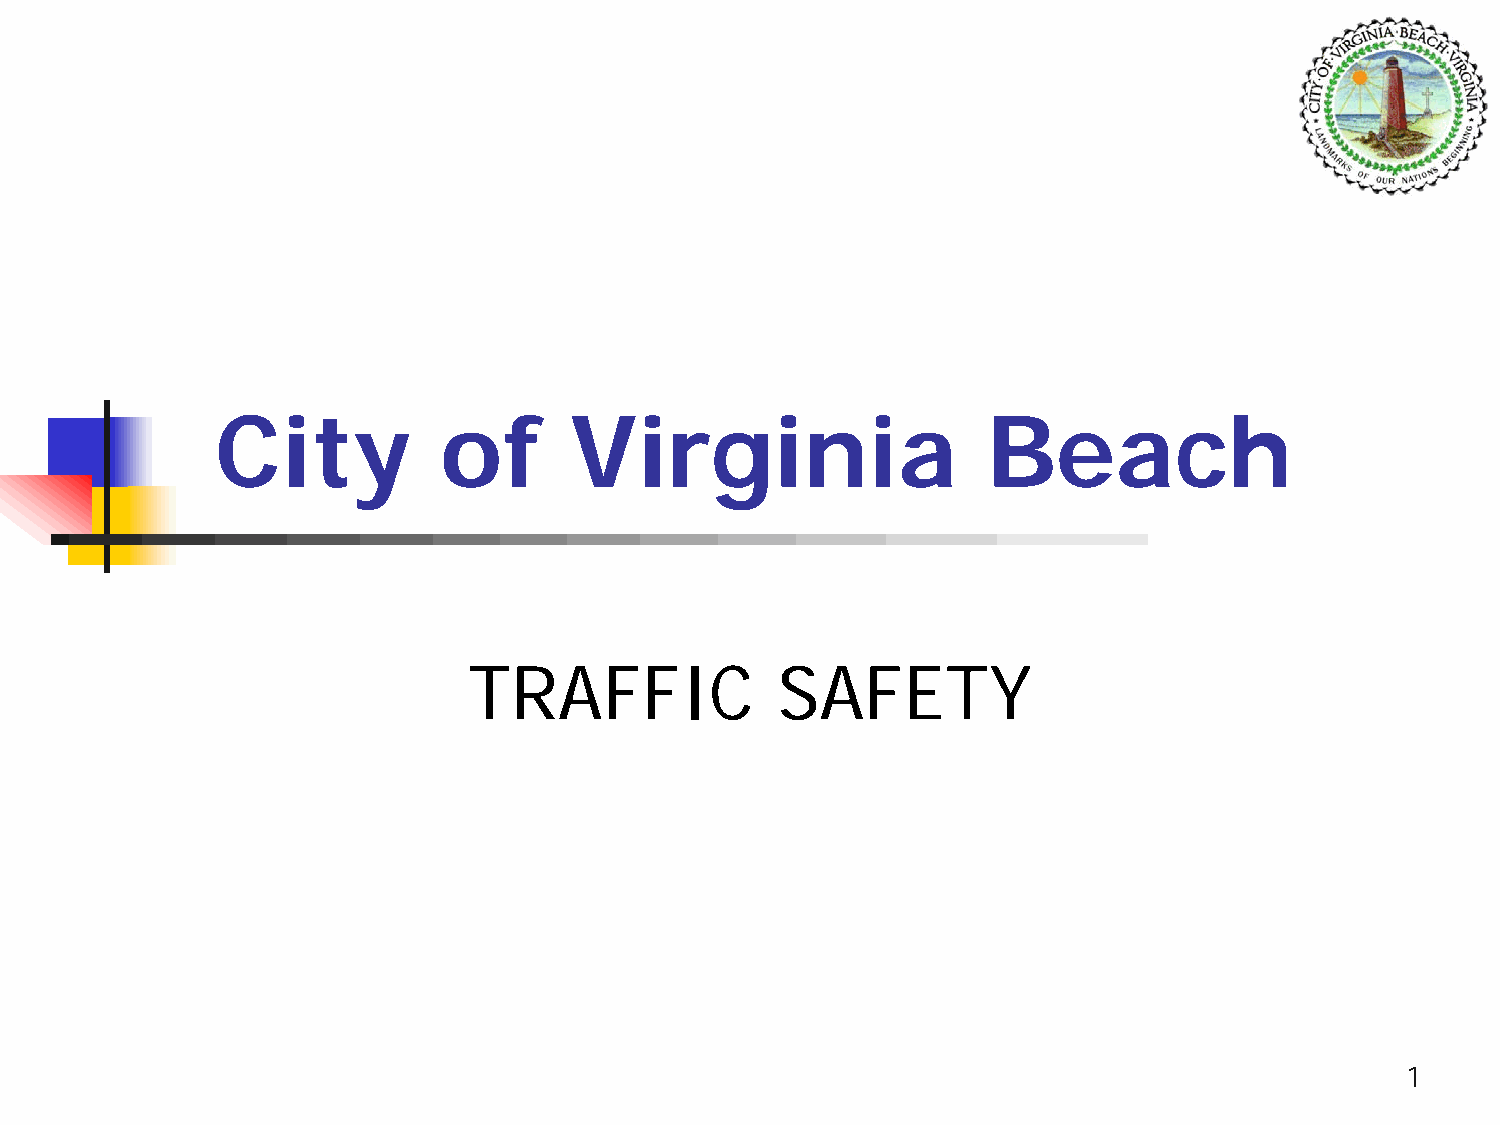
City           of       Virginia                   Beach
 TRAFFIC             SAFETY
 1